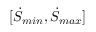
[ \dot { S } _ { m i n } , \dot { S } _ { m a x } ]